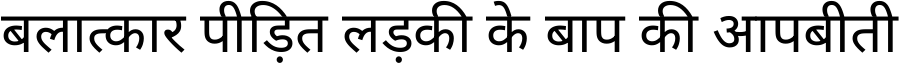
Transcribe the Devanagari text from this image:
बलात्कार पीड़ित लड़की के बाप की आपबीती